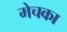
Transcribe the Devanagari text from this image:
मेचका